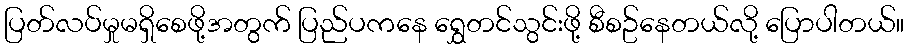
ပြတ်လပ်မှုမရှိစေဖို့အတွက် ပြည်ပကနေ ရွှေတင်သွင်းဖို့ စီစဥ်နေတယ်လို့ ပြောပါတယ်။